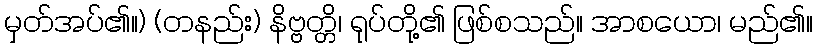
မှတ်အပ်၏။) (တနည်း) နိဗ္ဗတ္တိ၊ ရုပ်တို့၏ ဖြစ်စသည်။ အာစယော၊ မည်၏။